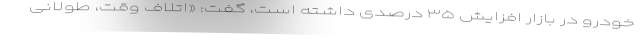
خودرو در بازار افزایش ۳۵ درصدی داشته است، گفت: «اتلاف وقت، طولانی